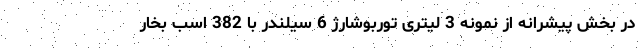
در بخش پیشرانه از نمونه 3 لیتری توربوشارژ 6 سیلندر با 382 اسب بخار